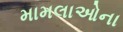
મામલાઓના